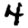
Digit: 4